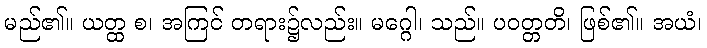
မည်၏။ ယတ္ထ စ၊ အကြင် တရား၌လည်း။ မဂ္ဂေါ၊ သည်။ ပဝတ္တတိ၊ ဖြစ်၏။ အယံ၊